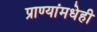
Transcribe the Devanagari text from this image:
प्राण्यांमधेही